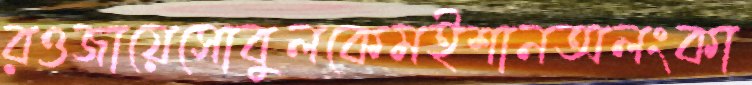
রওজায়েসোবুলকেমইশানঅলংকা